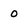
Character: 0